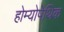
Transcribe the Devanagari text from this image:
होम्योपेथिक